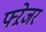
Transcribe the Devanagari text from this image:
फ्ऱेजर